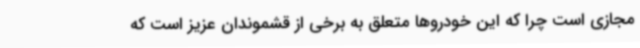
مجازی است چرا که این خودروها متعلق به برخی از قشموندان عزیز است که